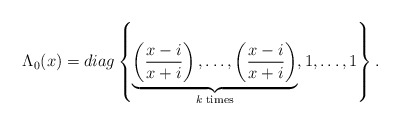
\begin{align*}\Lambda_{0}(x) = diag \left\{\underbrace{\left(\frac{x - i}{x + i}\right), \ldots, \left(\frac{x - i}{x + i}\right)}\limits_{k\; {\mathrm{times}}}, 1, \ldots, 1\right\}.\end{align*}